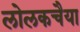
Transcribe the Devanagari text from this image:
लोलकचैया